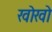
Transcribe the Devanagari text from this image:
खोखाे